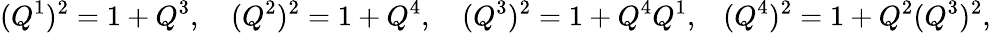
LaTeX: (Q^{1})^{2}=1+Q^{3},\quad(Q^{2})^{2}=1+Q^{4},\quad(Q^{3})^{2}=1+Q^{4}Q^{1},\, \, \, \, \, (Q^{4})^{2}=1+Q^{2}(Q^{3})^{2},